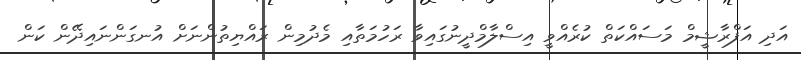
އަދި އަފްރާޝީމް މަސައްކަތް ކުރެއްވީ އިސްލާމްދީނުގައިވާ ރަހުމަތާއި މެދުމިން ރައްޔިތުންނަށް އުނގަންނައިދޭން ކަން